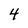
Character: 4